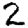
Digit: 2